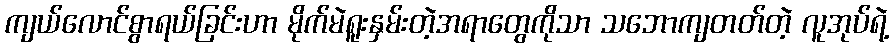
ကျယ်လောင်စွာရယ်ခြင်းဟာ မိုက်မဲရူးနှမ်းတဲ့အရာတွေကိုသာ သဘောကျတတ်တဲ့ လူအုပ်ရဲ့